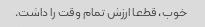
خوب، قطعا ارزش تمام وقت را داشت.